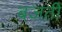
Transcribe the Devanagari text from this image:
बजतीं